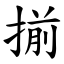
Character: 揃